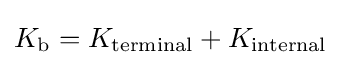
K_{\text{b}}=K_{\text{terminal}}+K_{\text{internal}}